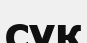
сүқ